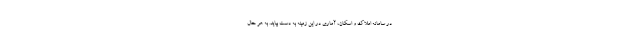
در سامانه املاک و اسکان، آماری در این زمینه به دست بیاید. به هر حال